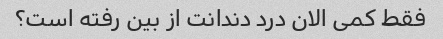
فقط کمی الان درد دندانت از بین رفته است؟